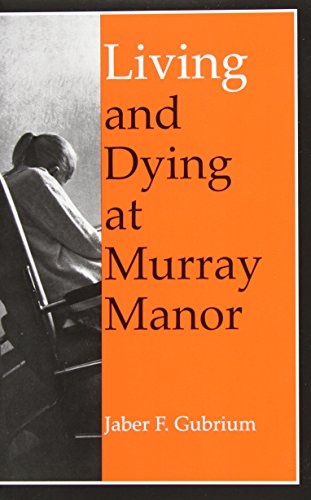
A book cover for Living and Dying at Murray Manor (Age Studies); Jaber F. Gubrium; Medical Books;